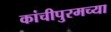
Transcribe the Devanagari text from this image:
कांचीपुरमच्या